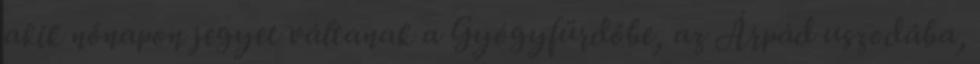
akik nőnapon jegyet váltanak a Gyógyfürdőbe, az Árpád uszodába,